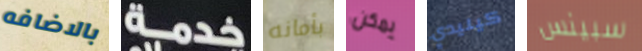
بالاضافه خدمة بأمانه يمكن كينيدي سبينس